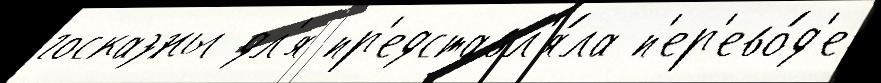
госказны дл'я пр'едставл'я́ла п'ер'ево́д'е